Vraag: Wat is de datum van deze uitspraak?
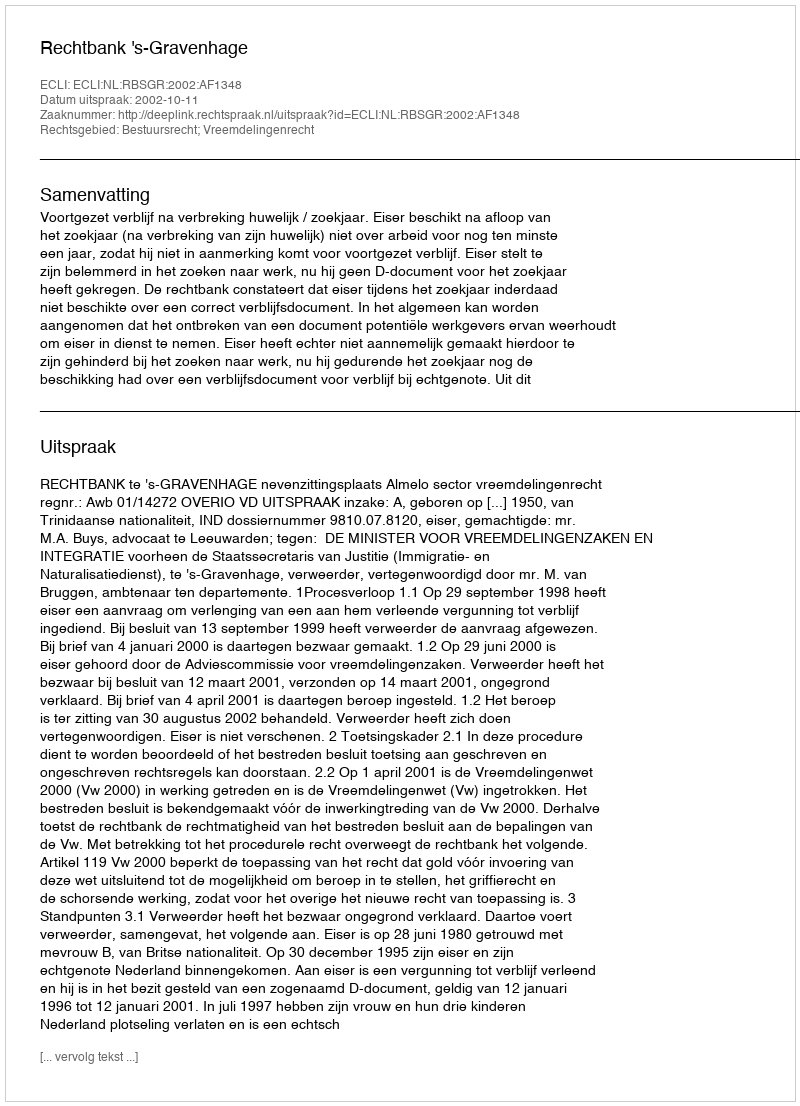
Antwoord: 2002-10-11